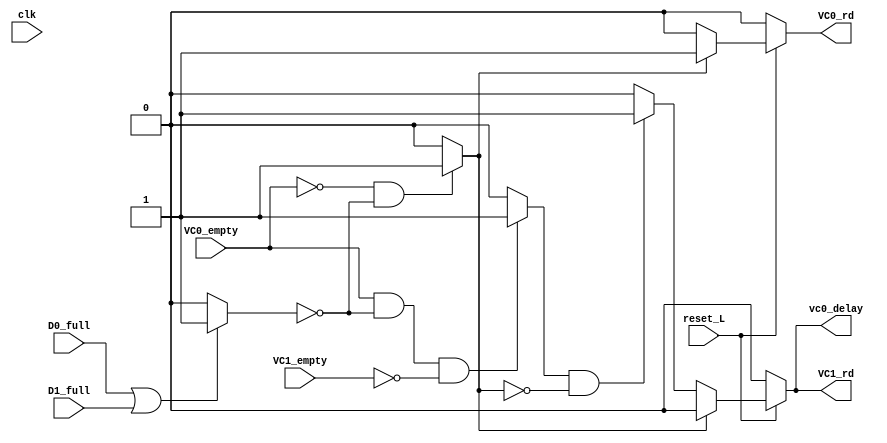
module pop_delay_vc0_cond(
    input clk,
    input reset_L,
    input D0_full,
    input D1_full,
    input VC0_empty,
    input VC1_empty,
    output reg vc0_delay,
    output reg VC0_rd,
    output reg VC1_rd
);

    reg and_d0d1;
    reg and_vc0_0;
    reg and_vc0_1;
    reg vc0_delay_recordar;
    reg VC0_rd_recordar;
    reg VC1_rd_recordar;
    reg vc0_delay_clk; // para retardar 1 ciclo el selector
    
    // and de d0 y d1
    always @(*) begin
        if (D0_full ||  D1_full) begin
            and_d0d1 = 1;
        end else begin
            and_d0d1 = 0;
        end
    end

    // and final 0
    always @(*) begin
        if (!(VC0_empty) && !(and_d0d1)) begin
            and_vc0_0 = 1;
        end else begin
            and_vc0_0 = 0;
        end
    end

    // and final 1
    always @(*) begin
        if (VC0_empty && !(and_d0d1) && !(VC1_empty)) begin
            and_vc0_1 = 1;
        end else begin
            and_vc0_1 = 0;
        end
    end

    always @(*) begin
        if(reset_L==1) begin
            if (and_vc0_0 == 1) begin
                vc0_delay = 0;
                VC0_rd = 1;
                VC1_rd = 0;
            end 
            else if (and_vc0_1 && !(and_vc0_0)) begin
                vc0_delay = 1;
                VC0_rd = 0;
                VC1_rd = 1;
            end else begin
                vc0_delay = 0;
                VC0_rd = 0;
                VC1_rd = 0;
            end
        end else begin
            vc0_delay = 0;
            VC0_rd = 0;
            VC1_rd = 0;
        end
    end

endmodule